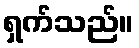
ရှက်သည်။